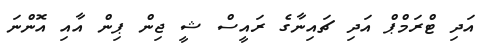
އަދި ޓްރަމްޕް އަދި ޗައިނާގެ ރައީސް ޝީ ޖިން ޕިން އާއި އޮންނަ